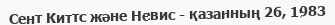
Сент Киттс және Невис - қазанның 26, 1983